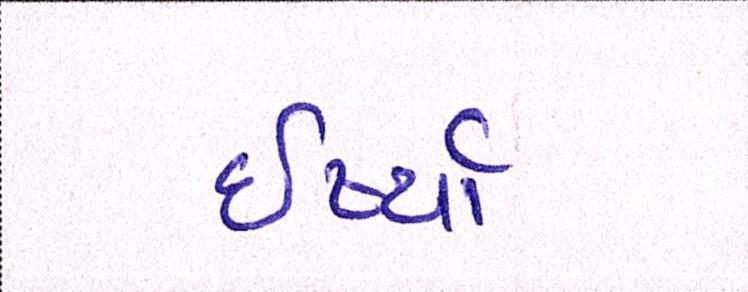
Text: ઈર્ષ્યા